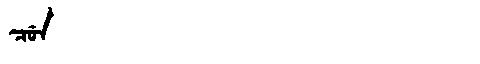
Manchu: ᠴᡠᠨ
Romanization: CUN